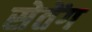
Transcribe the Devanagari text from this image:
सेतेंग